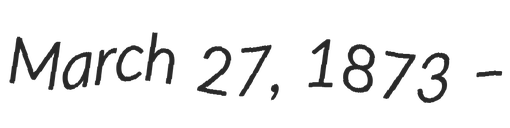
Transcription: March 27, 1873 –